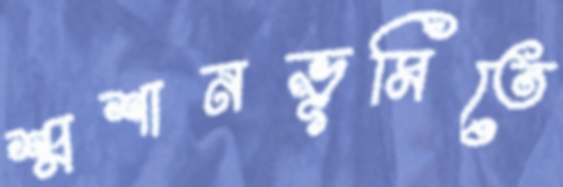
শ্মশানভূমিতে